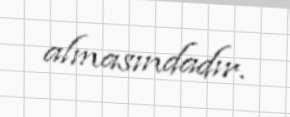
almasındadır.